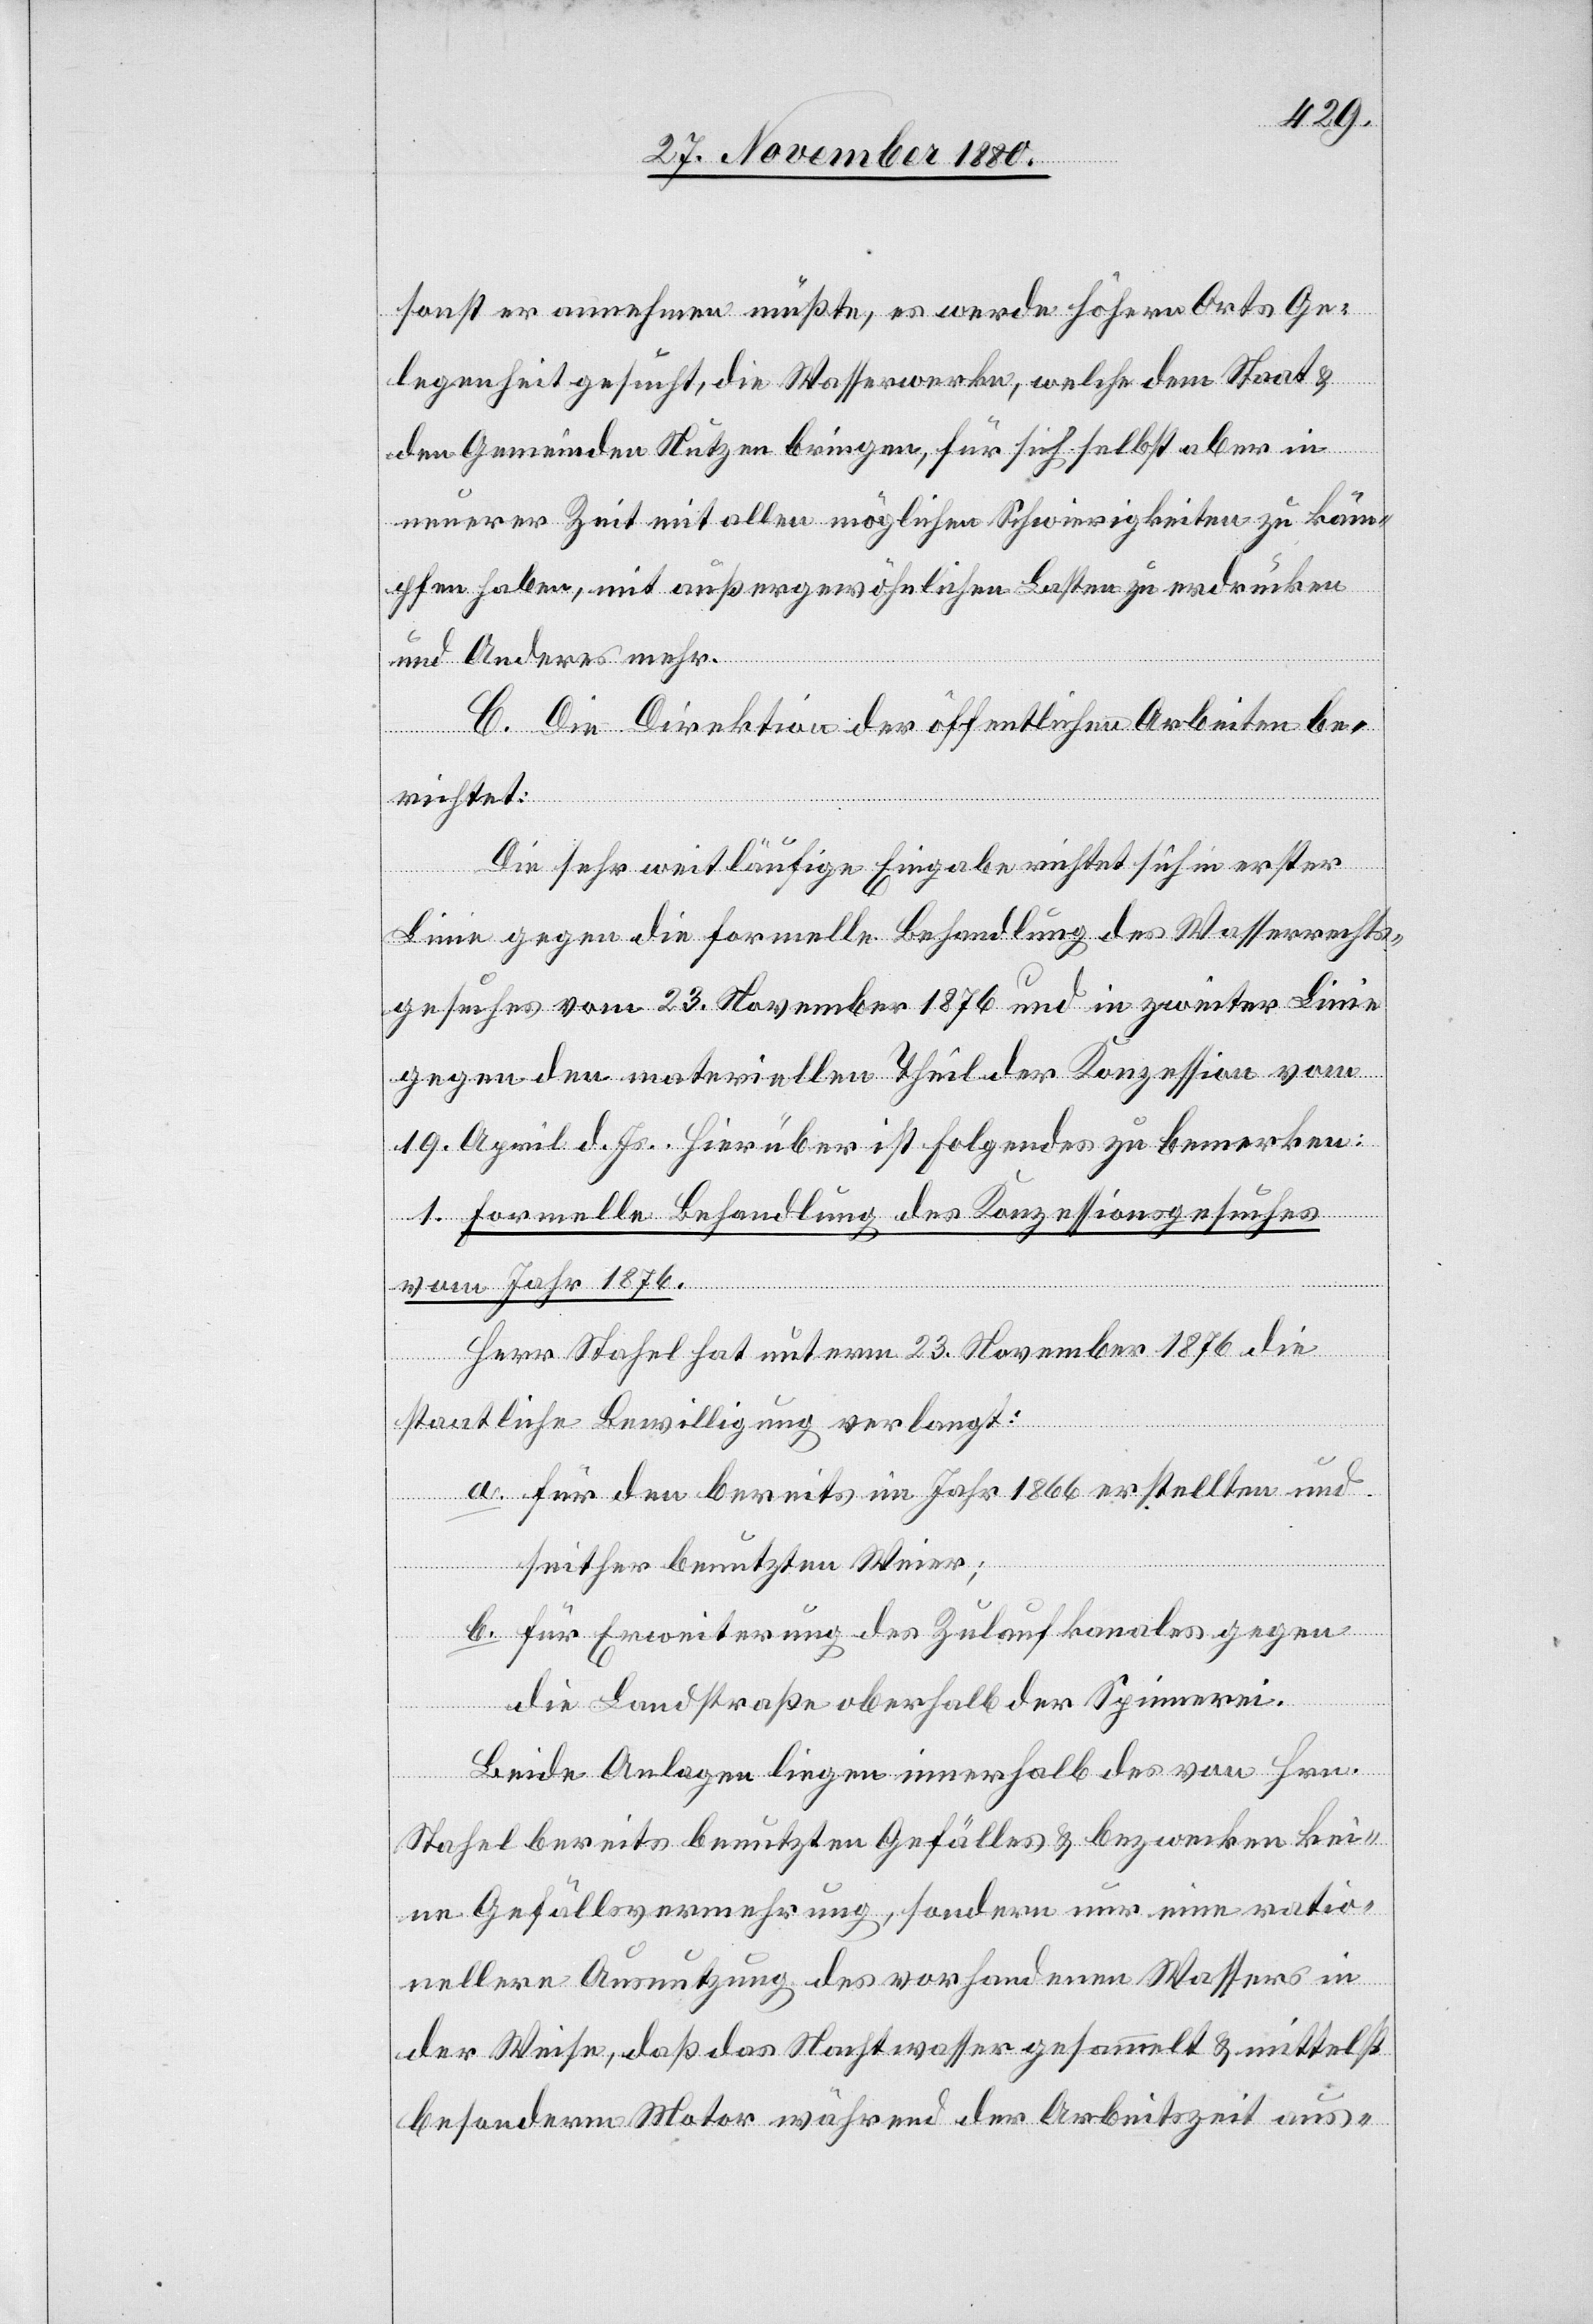
sonst er annehmen müßte, es werde höhern Orts Ge¬
legenheit gesucht, die Wasserwerke, welche dem Staat &
den Gemeinden Nutzen bringen, für sich selbst aber in
neuerer Zeit mit allen möglichen Schwierigkeiten zu käm¬
pfen haben, mit außergewöhnlichen Lasten zu erdrücken
und Anderes mehr.
C. Die Direktion der öffentlichen Arbeiten be¬
richtet:
Die sehr weitläufige Eingabe richtet sich in erster
Linie gegen die formelle Behandlung des Wasserrechts¬
gesuches vom 23. November 1876 und in zweiter Linie
gegen den materiellen Theil der Konzession vom
19. April d. Js. Hierüber ist folgendes zu bemerken:
1. Formelle Behandlung des Konzessionsgesuches
vom Jahr 1876.
Herr Stahel hat unterm 23. November 1876 die
staatliche Bewilligung verlangt:
a. für den bereits im Jahr 1866 erstellten und
seither benutzten Weier;
b. für Erweiterung des Zulaufkanales gegen
die Landstraße oberhalb der Spinnerei.
Beide Anlagen liegen innerhalb des von Hrn.
Stahel bereits benutzten Gefälles & bezwecken kei¬
ne Gefällsvermehrung, sondern nur eine ratio¬
nellere Ausnutzung des vorhandenen Wassers in
der Weise, daß das Nachtwasser gesammelt & mittelst
besonderm Motor während der Arbeitszeit aus-